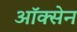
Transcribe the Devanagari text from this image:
ऑक्सेन